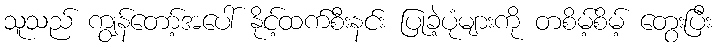
သူသည် ကျွန်တော့်အပေါ် နိုင့်ထက်စီးနင်း ပြုခဲ့ပုံများကို တစိမ့်စိမ့် တွေးပြီး